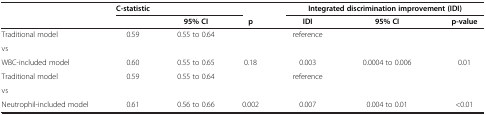
|  | C-statistic |  |  | <COLSPAN=3> Integrated discrimination improvement (IDI) |
 | --- | --- | --- | --- | --- | --- | --- |
 |  |  | 95% CI | p | IDI | 95% CI | p-value |
 | Traditional model | 0.59 | 0.55 to 0.64 |  | reference |  |  |
 | vs |  |  |  |  |  |  |
 | WBC-included model | 0.60 | 0.55 to 0.65 | 0.18 | 0.003 | 0.0004 to 0.006 | 0.01 |
 | Traditional model | 0.59 | 0.55 to 0.64 |  | reference |  |  |
 | vs |  |  |  |  |  |  |
 | Neutrophil-included model | 0.61 | 0.56 to 0.66 | 0.002 | 0.007 | 0.004 to 0.01 | <0.01 |